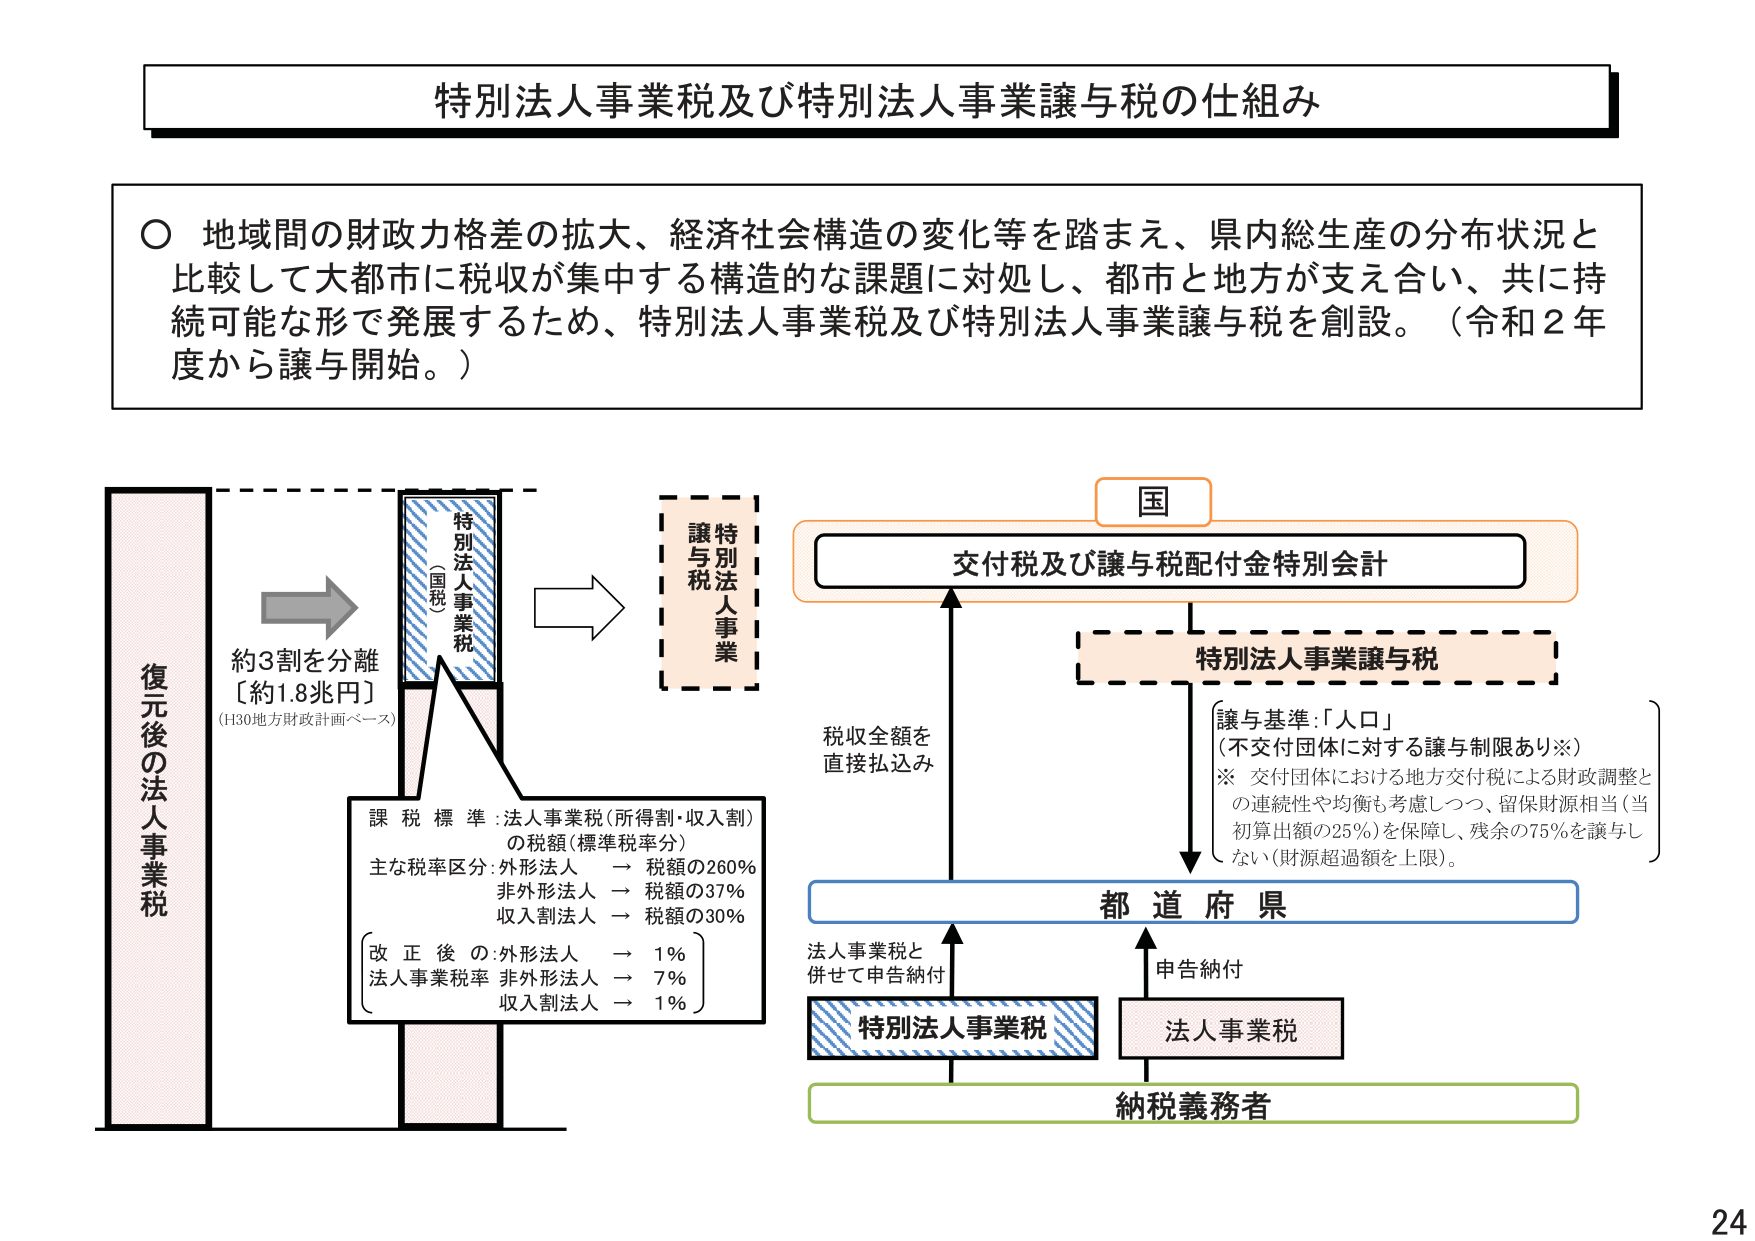
特別法人事業税及び特別法人事業譲与税の仕組み

〇 地域間の財政力格差の拡大、経済社会構造の変化等を踏まえ、県内総生産の分布状況と
比較して大都市に税収が集中する構造的な課題に対処し、都市と地方が支え合い、共に持
続可能な形で発展するため、特別法人事業税及び特別法人事業譲与税を創設。（令和２年
度から譲与開始。）

復元後の法人事業税

約3割を分離
〔約1.8兆円〕
（H30地方財政計画ベース）

特別法人事業税
（国税）

課税標準：法人事業税（所得割・収入割）
の税額（標準税率分）
主な税率区分：外形法人 → 税額の260％
非外形法人 → 税額の37％
収入割法人 → 税額の30％

（改正後の法人事業税率）
外形法人 → 1％
非外形法人 → 7％
収入割法人 → 1％

譲与税
特別法人事業

国

交付税及び譲与税配付金特別会計

特別法人事業譲与税

〔譲与基準：「人口」
（不交付団体に対する譲与制限あり※）
※ 交付団体における地方交付税による財政調整と
の連続性や均衡も考慮しつつ、留保財源相当（当初
算出額の25％）を保障し、残余の75％を譲与し
ない（財源超過額を上限）。〕

税収全額を
直接払込み

都道府県

法人事業税と
併せて申告納付

特別法人事業税

申告納付

法人事業税

納税義務者

24